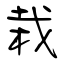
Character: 栽